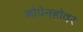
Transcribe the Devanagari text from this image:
शोपेनहॉवर